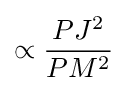
\propto {\frac {PJ^{2}}{PM^{2}}}